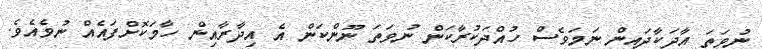
ނުވަތަ އާދަކާދައިން ނަމަވެސް ހުއްދަކުރާކަން ނުވަތަ ނޫންކަން އެ އިދާރާއިން ހާމަކޮށްފައެއް ނުވެއެވެ.